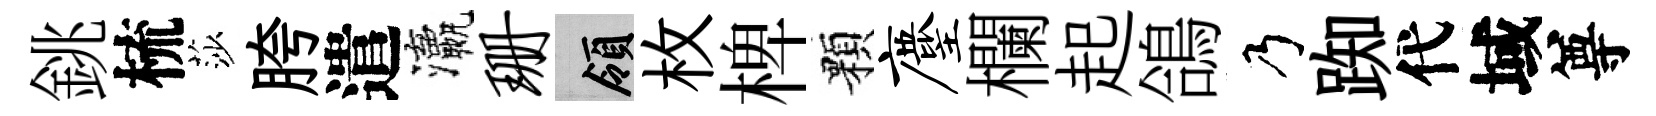
銚梳莎胯遣瀛珊領枚椑顆麈欄起鴿乃踟代域尊